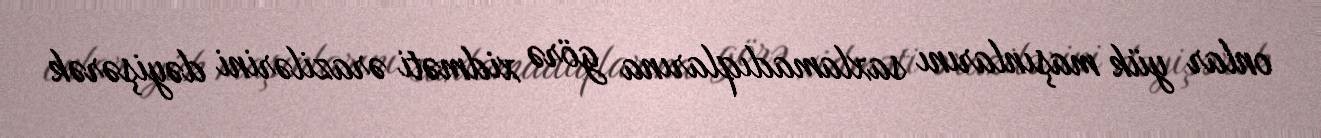
onlar yük maşınlarını saxlamadıqlarına görə xidməti ərazilərini dəyişərək